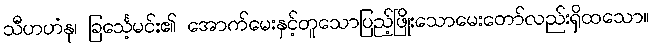
သီဟဟံနု၊ ခြင်္သေ့မင်း၏ အောက်မေးနှင့်တူသောပြည့်ဖြိုးသောမေးတော်လည်းရှိထသော။